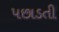
પછાડતી